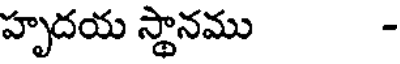
హృదయ స్థానము -